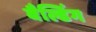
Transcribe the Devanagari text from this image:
बैल्डिंग